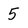
Character: 5